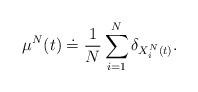
LaTeX: \begin{align*}\mu^{N}(t)\doteq \frac{1}{N} \sum_{i=1}^{N} \delta_{X^{N}_{i}(t)}.\end{align*}